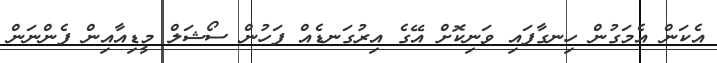
އެކަން އެމަގުން ހިނގާފައި ވަނިކޮށް އޭގެ އިރުގަނޑެއް ފަހުން ސޯޝަލް މީޑިއާއިން ފެންނަން